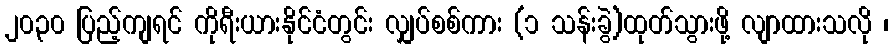
၂၀၃၀ ပြည့်ကျရင် ကိုရီးယားနိုင်ငံတွင်း လျှပ်စစ်ကား (၁ သန်းခွဲ)ထုတ်သွားဖို့ လျာထားသလို ၊